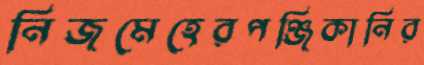
নিজমেহেরপঞ্জিকানির